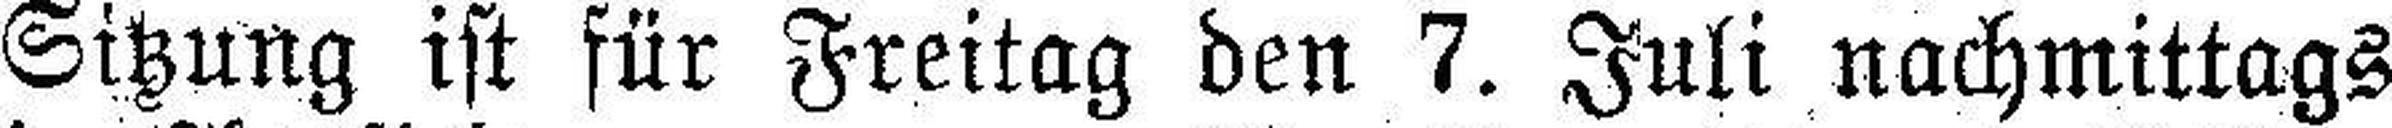
Sitzung ist für Freitag den 7. Juli nachmittags